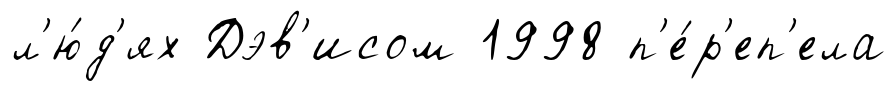
л'ю́д'ях Дэв'исом 1998 п'е́р'еп'ела